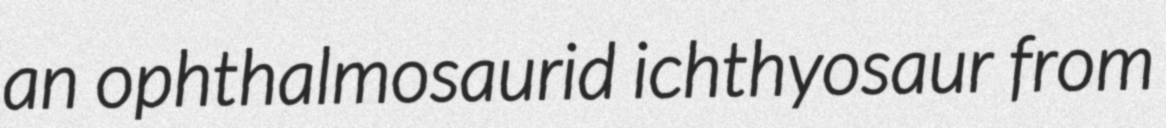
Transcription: an ophthalmosaurid ichthyosaur from